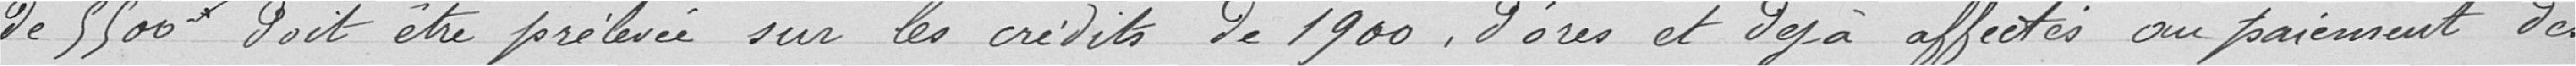
de 5.500 francs doit être prélevée sur les crédits de 1900, d'ores et déjà affectés au paiement des